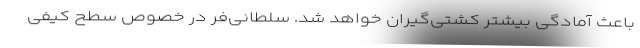
باعث آمادگی بیشتر کشتی‌گیران خواهد شد. سلطانی‌فر در خصوص سطح کیفی